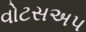
વોટસઅપ